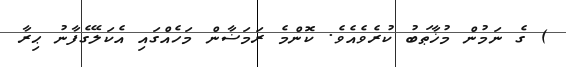
) ގެ ނަމުން މުޚާޠަބު ކުރެވެއެވެ. ކޮންމެ ރަމަޟާން މަހެއްގައި އެކަލޭގެފާނު ޙިރާ